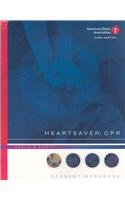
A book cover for Heartsaver CPR; American Heart Association; Health, Fitness & Dieting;